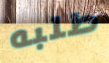
طلبه